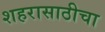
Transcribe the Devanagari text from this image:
शहरासाठीचा